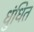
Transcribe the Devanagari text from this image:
धुंधित